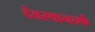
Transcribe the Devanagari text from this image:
देवस्थानतर्फे